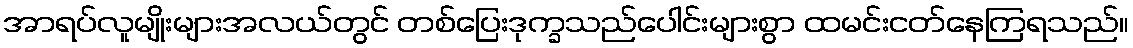
အာရပ်လူမျိုးများအလယ်တွင် တစ်ပြေးဒုက္ခသည်ပေါင်းများစွာ ထမင်းငတ်နေကြရသည်။